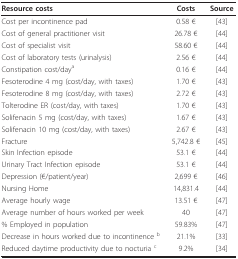
| Resource costs | Costs | Source |
 | --- | --- | --- |
 | Cost per incontinence pad | 0.58 € | [43] |
 | Cost of general practitioner visit | 26.78 € | [44] |
 | Cost of specialist visit | 58.60 € | [44] |
 | Cost of laboratory tests (urinalysis) | 2.56 € | [44] |
 | Constipation cost/daya | 0.16 € | [44] |
 | Fesoterodine 4 mg (cost/day, with taxes) | 1.70 € | [43] |
 | Fesoterodine 8 mg (cost/day, with taxes) | 2.72 € | [43] |
 | Tolterodine ER (cost/day, with taxes) | 1.70 € | [43] |
 | Solifenacin 5 mg (cost/day, with taxes) | 1.67 € | [43] |
 | Solifenacin 10 mg (cost/day, with taxes) | 2.67 € | [43] |
 | Fracture | 5,742.8 € | [45] |
 | Skin Infection episode | 53.1 € | [44] |
 | Urinary Tract Infection episode | 53.1 € | [44] |
 | Depression (€/patient/year) | 2,699 € | [46] |
 | Nursing Home | 14,831.4 | [44] |
 | Average hourly wage | 13.51 € | [47] |
 | Average number of hours worked per week | 40 | [47] |
 | % Employed in population | 59.83% | [47] |
 | Decrease in hours worked due to incontinence b | 21.1% | [33] |
 | Reduced daytime productivity due to nocturia c | 9.2% | [34] |